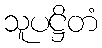
သူပဋ္ဌိတံ